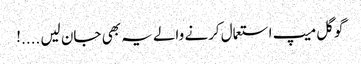
گوگل میپ استعمال کرنے والے یہ بھی جان لیں ....!